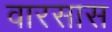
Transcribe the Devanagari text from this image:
वारसास